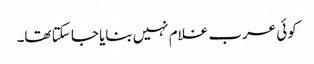
کوئی عرب غلام نہیں بنایا جا سکتا تھا۔